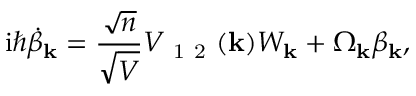
\mathrm { i } \hbar \dot { \beta } _ { \mathbf { k } } = \frac { \sqrt { n } } { \sqrt { V } } V _ { \mathrm { ~ 1 ~ 2 ~ } } ( { \mathbf { k } } ) W _ { \mathbf { k } } + \Omega _ { \mathbf { k } } \beta _ { \mathbf { k } } ,